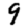
Digit: 9